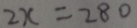
2 x = 2 8 0